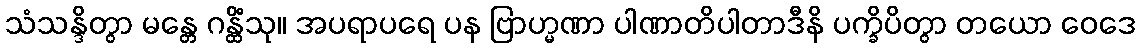
သံသန္ဒိတွာ မန္တေ ဂန္ထိံသု။ အပရာပရေ ပန ဗြာဟ္မဏာ ပါဏာတိပါတာဒီနိ ပက္ခိပိတွာ တယော ဝေဒေ